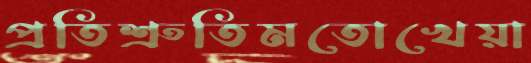
প্রতিশ্রুতিমতোখেয়া